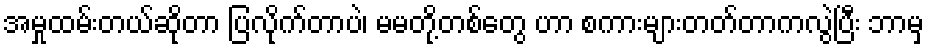
အမှုထမ်းတယ်ဆိုတာ ပြလိုက်တာပဲ၊ မမတို့တစ်တွေ ဟာ စကားများတတ်တာကလွဲပြီး ဘာမှ